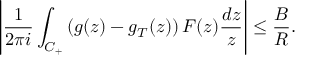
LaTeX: \left| { \frac { 1 } { 2 \pi i } } \int _ { C _ { + } } \left( g ( z ) - g _ { T } ( z ) \right) F ( z ) { \frac { d z } { z } } \right| \leq { \frac { B } { R } } .